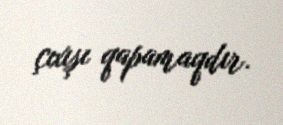
çıxışı qapamaqdır.